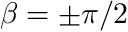
\beta = \pm \pi / 2